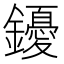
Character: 䥳